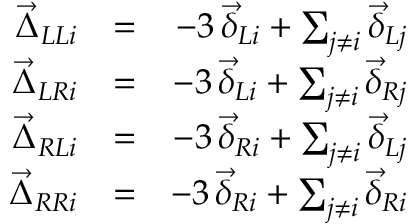
\begin{array} { r l r } { \vec { \Delta } _ { L L i } } & { = } & { - 3 \, \vec { \delta } _ { L i } + \sum _ { j \neq i } \vec { \delta } _ { L j } } \\ { \vec { \Delta } _ { L R i } } & { = } & { - 3 \, \vec { \delta } _ { L i } + \sum _ { j \neq i } \vec { \delta } _ { R j } } \\ { \vec { \Delta } _ { R L i } } & { = } & { - 3 \, \vec { \delta } _ { R i } + \sum _ { j \neq i } \vec { \delta } _ { L j } } \\ { \vec { \Delta } _ { R R i } } & { = } & { - 3 \, \vec { \delta } _ { R i } + \sum _ { j \neq i } \vec { \delta } _ { R i } } \end{array}